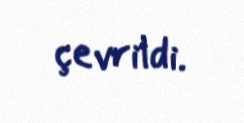
çevrildi.